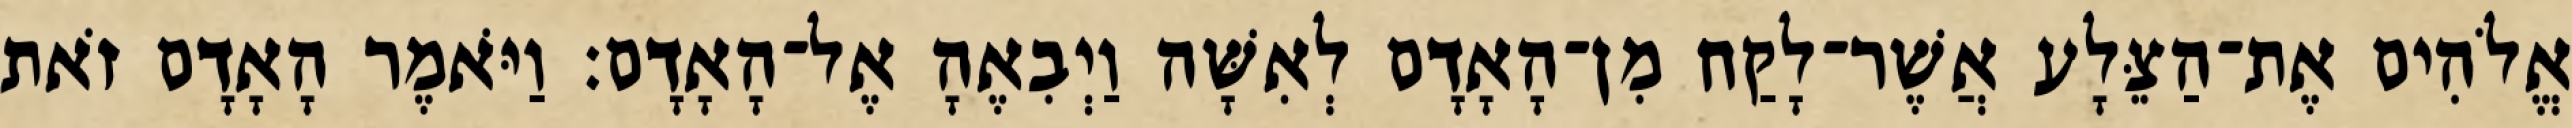
אֱלֹהִים אֶת־הַצֵּלָע אֲשֶׁר־לָקַח מִן־הָאָדָם לְאִשָּׁה וַיְבִאֶהָ אֶל־הָאָדָם׃ וַיֹּאמֶר הָאָדָם זֹאת